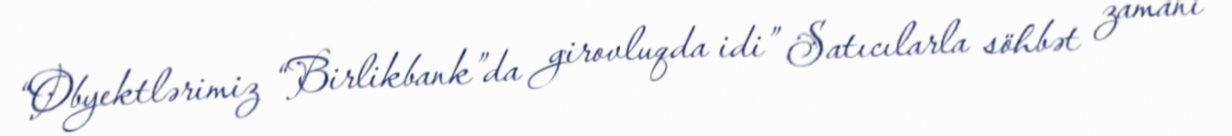
“Obyektlərimiz “Birlikbank”da girovluqda idi” Satıcılarla söhbət zamanı